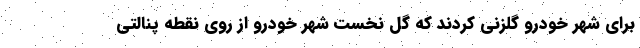
برای شهر خودرو گلزنی کردند که گل نخست شهر خودرو از روی نقطه پنالتی